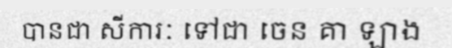
បានជា សីការៈ ទៅជា ចេន គា ឡាង